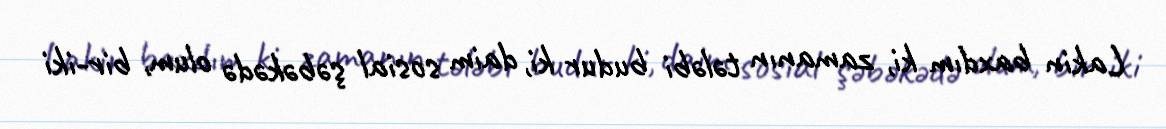
Lakin baxdım ki, zamanın tələbi budur ki, daim sosial şəbəkədə olum, bir-iki